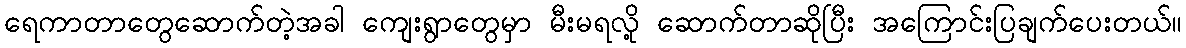
ရေကာတာတွေဆောက်တဲ့အခါ ကျေးရွာတွေမှာ မီးမရလို့ ဆောက်တာဆိုပြီး အကြောင်းပြချက်ပေးတယ်။